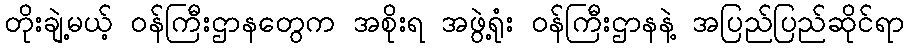
တိုးချဲ့မယ့် ဝန်ကြီးဌာနတွေက အစိုးရ အဖွဲ့ရုံး ဝန်ကြီးဌာနနဲ့ အပြည်ပြည်ဆိုင်ရာ